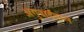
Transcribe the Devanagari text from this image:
अगुवाईवाले